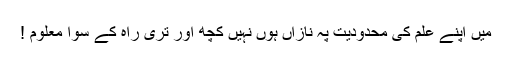
میں اپنے علم کی محدودیت پہ نازاں ہوں نہیں کچھ اور تری راہ کے سوا معلوم !